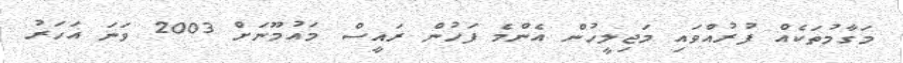
މަގާމުތަކެއް ފުރުއްވައި މަޖިލީހުން އެންމެ ފަހުން ރައީސް މައުމޫނަށް 2003 ވަނަ އަހަރު